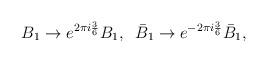
LaTeX: \begin{align*}B_1\to e^{2\pi i \frac{3}{6}} B_1, \; \; \bar{B}_1\to e^{-2\pi i \frac{3}{6}} \bar{B}_1,\end{align*}